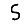
Digit: 5